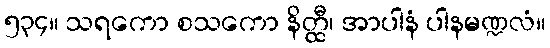
၅၃၄။ သရကော စသကော နိတ္ထီ၊ အာပါနံ ပါနမဏ္ဍလံ။